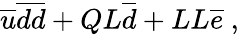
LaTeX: {\overline{{u}}}{\overline{{d}}}{\overline{{d}}}+QL{\overline{{d}}}+LL{\overline{{e}}}\ ,